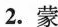
2.蒙